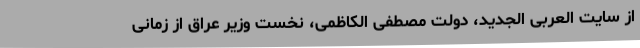
از سایت العربی الجدید، دولت مصطفی الکاظمی، نخست وزیر عراق از زمانی